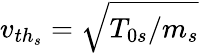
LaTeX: v_{{th}_{s}}=\sqrt{T_{0s}/m_{s}}